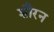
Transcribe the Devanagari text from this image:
शौरन